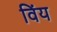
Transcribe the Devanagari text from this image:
विंय